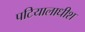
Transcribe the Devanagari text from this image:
पटियालाधीश